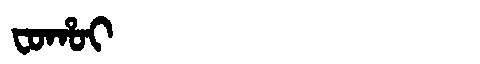
Manchu: ᠸᠣᡥᠣᡳ
Romanization: FOHOI